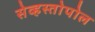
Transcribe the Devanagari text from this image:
सेव्हस्तोपोल